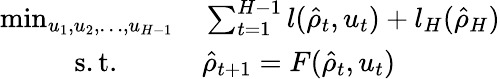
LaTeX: \begin{array}{rl}{\operatorname*{min}_{u_{1},u_{2},\dots,u_{H-1}}}&{{}\sum_{t=1}^{H-1}l(\hat{\rho}_{t},u_{t})+l_{H}(\hat{\rho}_{H})}\\ {\mathrm{s.t.}\qquad}&{{}\hat{\rho}_{t+1}=F(\hat{\rho}_{t},u_{t})}\end{array}